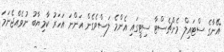
އޭނާގެ ސްޓައިލް މެންޗެސްޓާ ސިޓީގައި އެންމެ ލަސްވެގެން އަންނަ އަހަރު ކާމިޔާބު ނުވެއްޖެނަމަ